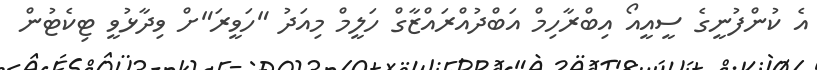
އެ ކުންފުނީގެ ސީއީއޯ އިބްރާހިމް އަބްދުއްރައްޒާގް ހަލީމް މިއަދު "ހަވީރަ"ށް ވިދާޅުވީ ޓިކެޓުން